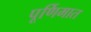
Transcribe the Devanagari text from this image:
पूर्णिमात